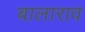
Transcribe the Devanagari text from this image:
बालाराव